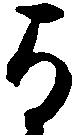
与